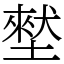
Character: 㙬